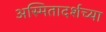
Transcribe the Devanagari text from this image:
अस्मितादर्शच्या